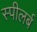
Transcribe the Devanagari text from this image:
स्पीलर्ब